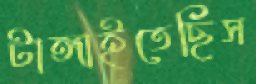
টাঙ্গাইতেছিস